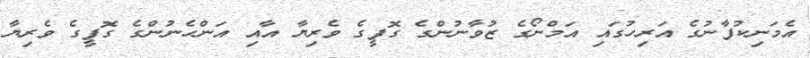
އެމަނިކުފާނުގެ އަރިހުގައި އަމްނޯގެ ޒުވާނުންގެ ގޮފީގެ ވެރިޔާ އާއި އަންހެނުންގެ ގޮފީގެ ވެރިޔާ